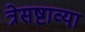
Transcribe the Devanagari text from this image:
त्रेसष्टाव्या